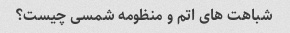
شباهت های اتم و منظومه شمسی چیست؟